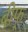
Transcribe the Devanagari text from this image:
बीफ्